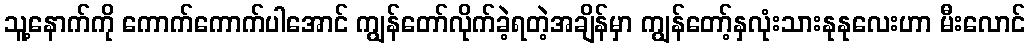
သူ့နောက်ကို ကောက်ကောက်ပါအောင် ကျွန်တော်လိုက်ခဲ့ရတဲ့အချိန်မှာ ကျွန်တော့်နှလုံးသားနုနုလေးဟာ မီးလောင်